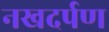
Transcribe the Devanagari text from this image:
नखदर्पण